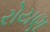
રોયણ